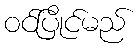
ဝင်ပြိုင်မည်